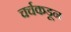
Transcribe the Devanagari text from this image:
चर्चकडून